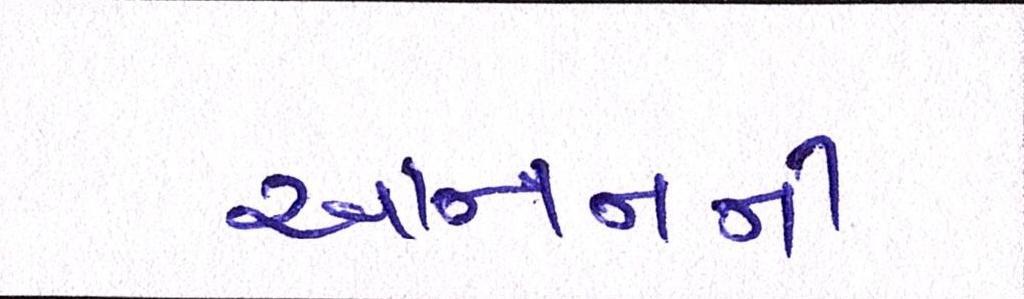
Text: આનનની